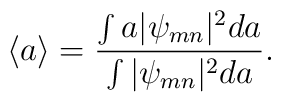
\langle a\rangle=\frac{\int a |\psi_{mn}|^2 da}{\int|\psi_{mn}|^2 da}.